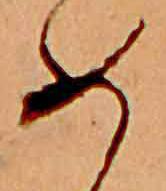
め